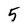
Character: 5